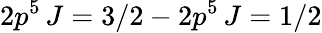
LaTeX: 2p^{5}\, J=3/2-2p^{5}\, J=1/2